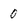
Character: 0